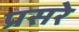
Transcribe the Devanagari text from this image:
प्रसरे